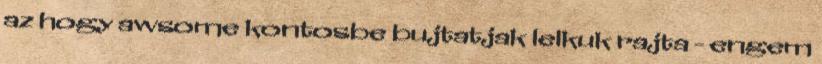
az hogy awsome kontosbe bujtatjak lelkuk rajta - engem